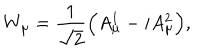
W _ { \mu } = \frac { 1 } { \sqrt { 2 } } \Big ( A _ { \mu } ^ { 1 } - i A _ { \mu } ^ { 2 } \Big ) ,